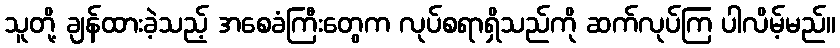
သူတို့ ချန်ထားခဲ့သည့် အစေခံကြီးတွေက လုပ်စရာရှိသည်ကို ဆက်လုပ်ကြ ပါလိမ့်မည်။